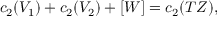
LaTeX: c _ { 2 } ( V _ { 1 } ) + c _ { 2 } ( V _ { 2 } ) + [ W ] = c _ { 2 } ( T Z ) ,